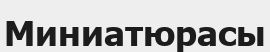
Миниатюрасы